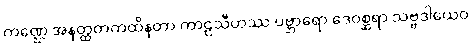
ကဏ္ဌေ အနတ္ထတကထိနတာ ကာဠသီဟဿ ပဗ္ဘာရော ဒေဝစ္ဆရာ သဗ္ဗဒါယေဝ